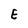
Character: E